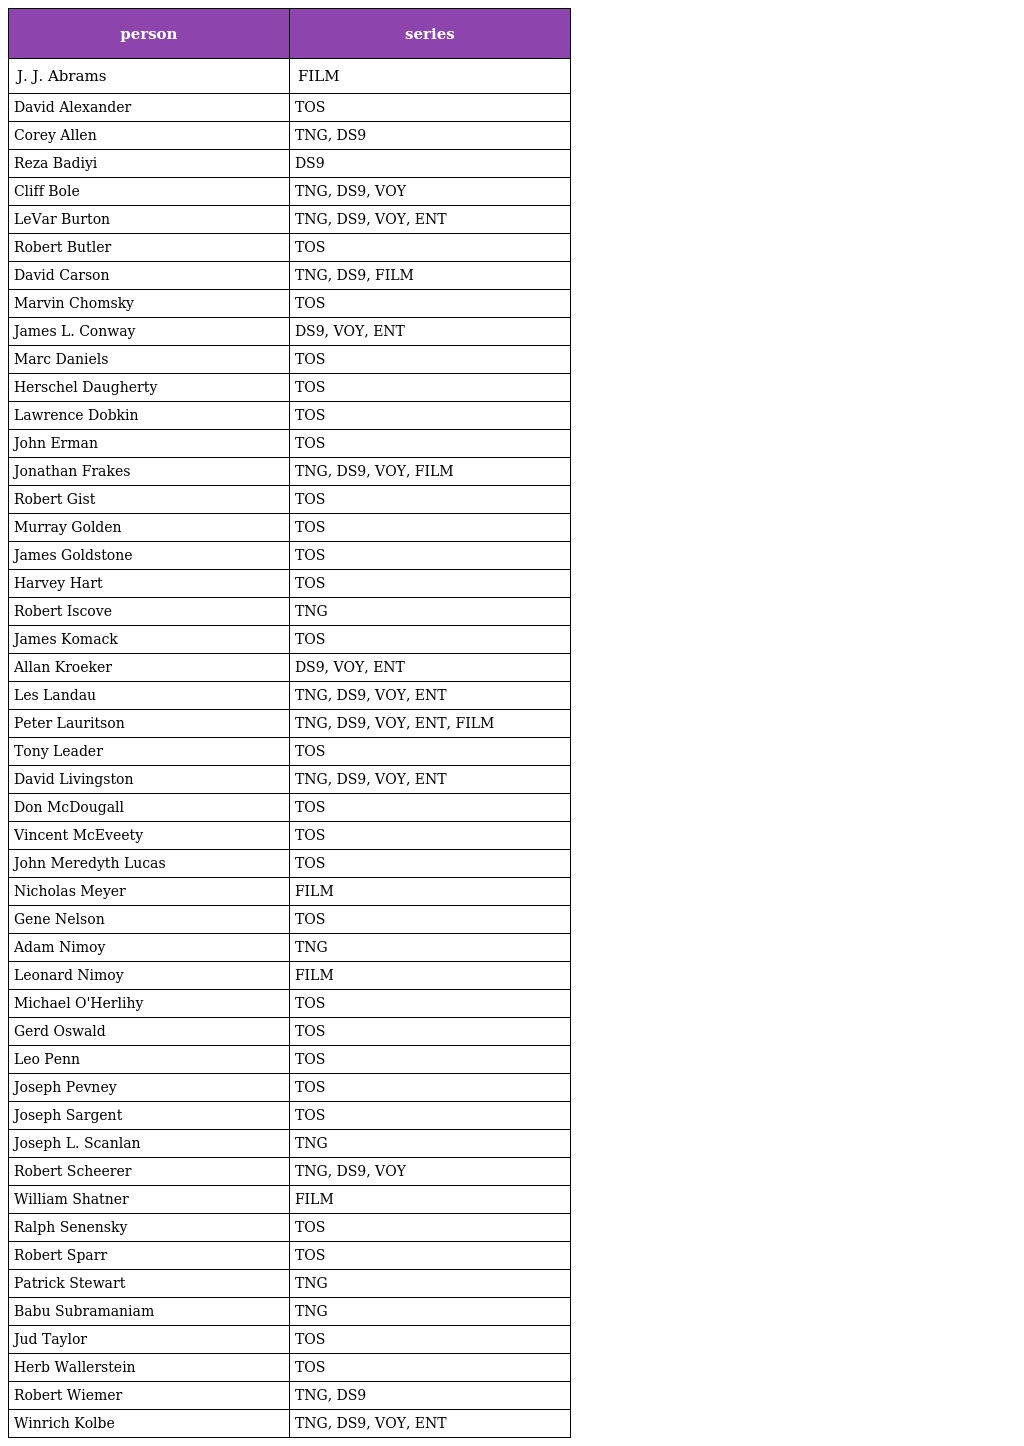
| person | series |
 | --- | --- |
 | J. J. Abrams | FILM |
 | David Alexander | TOS |
 | Corey Allen | TNG, DS9 |
 | Reza Badiyi | DS9 |
 | Cliff Bole | TNG, DS9, VOY |
 | LeVar Burton | TNG, DS9, VOY, ENT |
 | Robert Butler | TOS |
 | David Carson | TNG, DS9, FILM |
 | Marvin Chomsky | TOS |
 | James L. Conway | DS9, VOY, ENT |
 | Marc Daniels | TOS |
 | Herschel Daugherty | TOS |
 | Lawrence Dobkin | TOS |
 | John Erman | TOS |
 | Jonathan Frakes | TNG, DS9, VOY, FILM |
 | Robert Gist | TOS |
 | Murray Golden | TOS |
 | James Goldstone | TOS |
 | Harvey Hart | TOS |
 | Robert Iscove | TNG |
 | James Komack | TOS |
 | Allan Kroeker | DS9, VOY, ENT |
 | Les Landau | TNG, DS9, VOY, ENT |
 | Peter Lauritson | TNG, DS9, VOY, ENT, FILM |
 | Tony Leader | TOS |
 | David Livingston | TNG, DS9, VOY, ENT |
 | Don McDougall | TOS |
 | Vincent McEveety | TOS |
 | John Meredyth Lucas | TOS |
 | Nicholas Meyer | FILM |
 | Gene Nelson | TOS |
 | Adam Nimoy | TNG |
 | Leonard Nimoy | FILM |
 | Michael O'Herlihy | TOS |
 | Gerd Oswald | TOS |
 | Leo Penn | TOS |
 | Joseph Pevney | TOS |
 | Joseph Sargent | TOS |
 | Joseph L. Scanlan | TNG |
 | Robert Scheerer | TNG, DS9, VOY |
 | William Shatner | FILM |
 | Ralph Senensky | TOS |
 | Robert Sparr | TOS |
 | Patrick Stewart | TNG |
 | Babu Subramaniam | TNG |
 | Jud Taylor | TOS |
 | Herb Wallerstein | TOS |
 | Robert Wiemer | TNG, DS9 |
 | Winrich Kolbe | TNG, DS9, VOY, ENT |